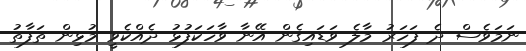
ނަމަވެސް ދެ ފަހަރު މާލެ ވަޑައިގެން އޭނާ ވާހަކަފުޅު ދެއްކެވީ މުޅިން ތަފާތު